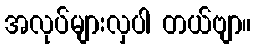
အလုပ်များလှပါ တယ်ဗျာ။